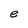
Character: e